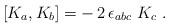
LaTeX: \begin{align*}[K_a,K_b] = -\, 2\, \epsilon_{abc}\ K_c\ .\end{align*}